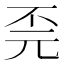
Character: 𫠫